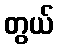
တွယ်